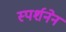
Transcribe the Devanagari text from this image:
स्पर्शनेन